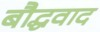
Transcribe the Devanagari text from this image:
बौद्धवाद